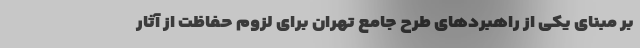
بر مبنای یکی از راهبردهای طرح جامع تهران برای لزوم حفاظت از آثار